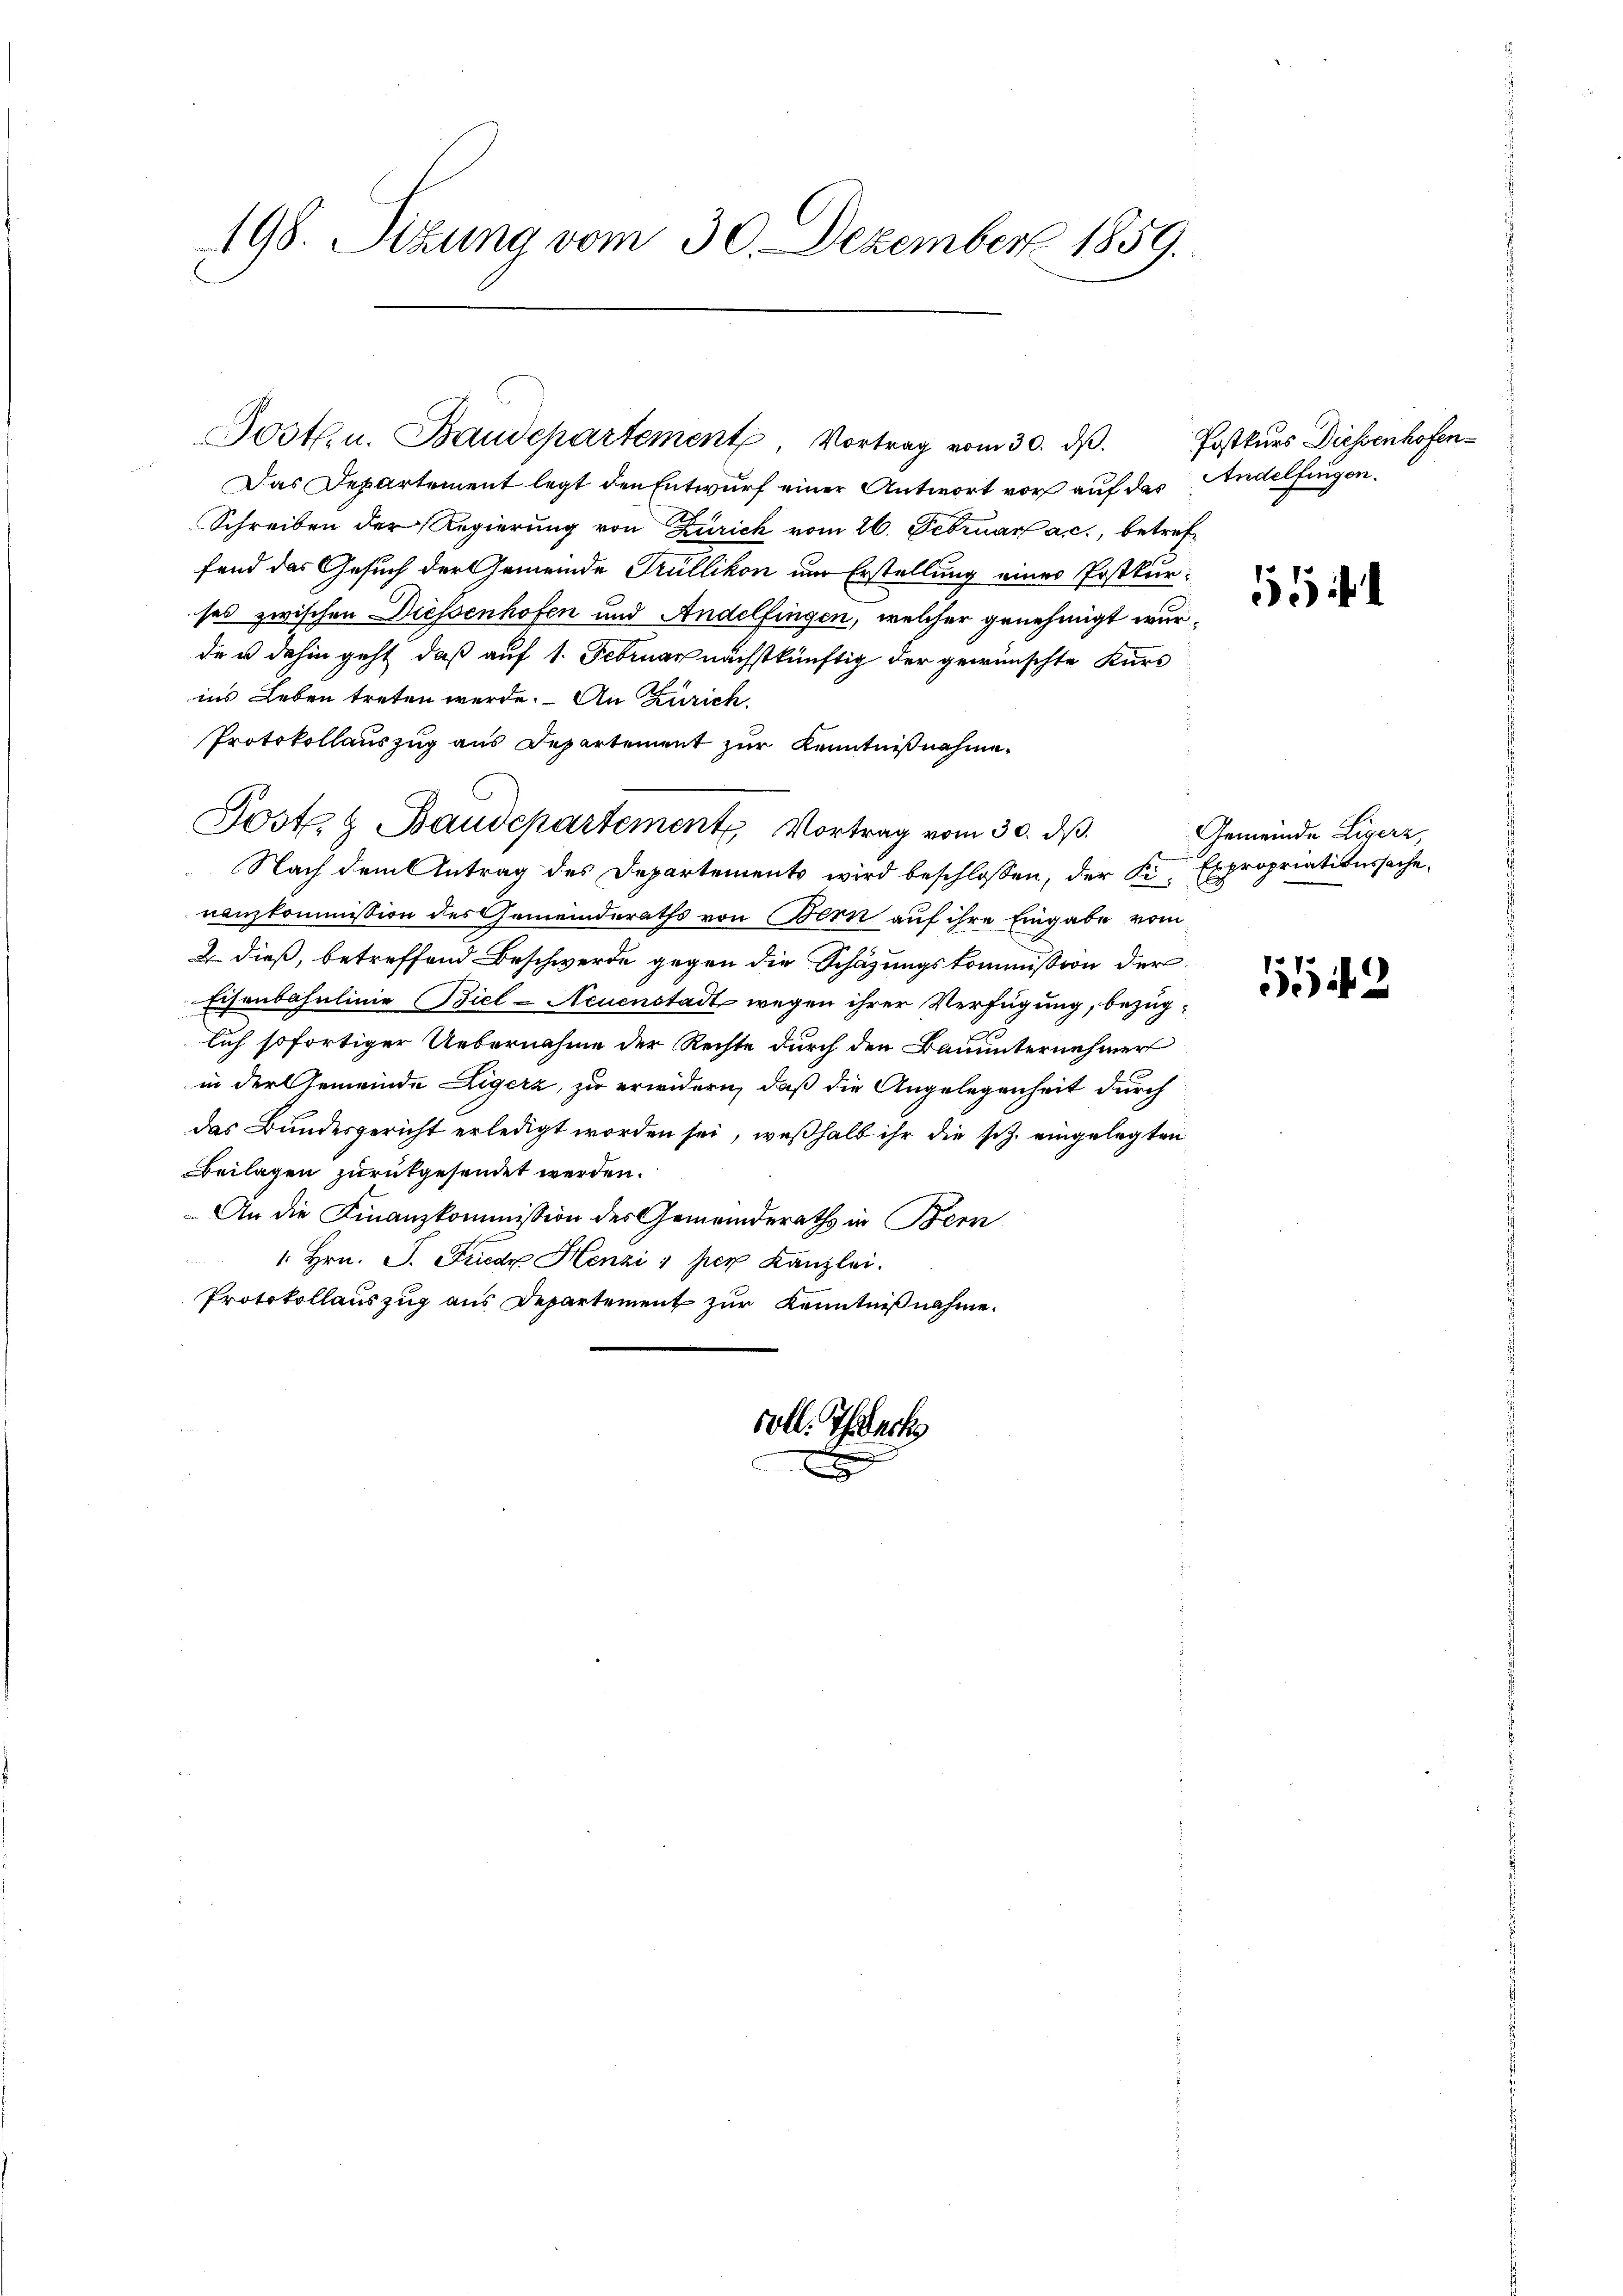
198. Sitzung vom 30. Dezember 1859.

Jostl. u. Baudepartement, Vortrag vom 30. dβ. Postkurs Diessenhofen¬
 10
Das Departement legt den Entwurf einer Antwort vor auf das Andelfingen.
Schreiben der Regierung von Zürich vom 26. Februar a. c., betreffand das Gesuch der Gemeinde Trüllikon um Erstellung eines Postkurses zwischen Diessenhofen und Andelfingen, welcher genehmigt wurde u dahin geht, daß auf 1. Februar nächstkünftig der gewünschte Kurs
ins Leben treten werde. An Zürich
Protokollauszug aus Departement zur Kenntnißnahme.
Nach dem Antrag des Departements wird beschlossen, der K. Expropriationssache,
nanzkommission des Gemeinderaths von Bern auf ihre Eingabe vom
2. dieß, betreffend Beschwerde gegen die Schazungskommission der
Eisenbahnlinie Biel - Neuenstadt wegen ihrer Verfügung, bezüglich sofortiger Uebernahme der Rechte durch den Bauunternehmer
in der Gemeinde Zigerz, zu erwidern, daß die Angelegenheit durch
das Bundesgericht erledigt worden sei, weßhalb ihr die sch. eingelegten
Beilagen zurückgesendet werden.
An die Finanzkommission des Gemeinderaths in Bern
1. Hrn. P. Friede Henzi 1 per Kanzlei.
Protokollauszug aus Departement zur Kenntnißnahme.
voll. Tech

Post & Baudepartement Vortrag vom 30. ds.

Gemeinde Ligerz,

542